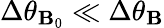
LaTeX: \Delta\theta_{\mathbf{B}_{0}}\ll\Delta\theta_{\mathbf{B}}